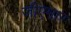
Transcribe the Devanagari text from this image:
जीएमार